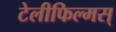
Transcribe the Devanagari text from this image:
टेलीफिल्मस्